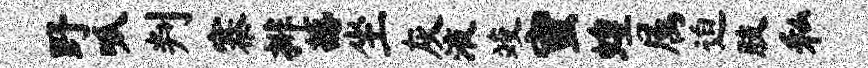
野呱判寨排撼坐灰液竣蜜蝗属迫肢私